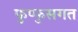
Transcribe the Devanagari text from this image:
फुप्फुसगत